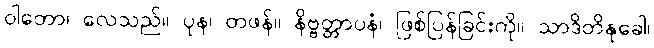
ဝါတော၊ လေသည်။ ပုန၊ တဖန်။ နိဗ္ဗတ္တာပနံ၊ ဖြစ်ပြန်ခြင်းကို။ သာဒိတိနုခေါ၊